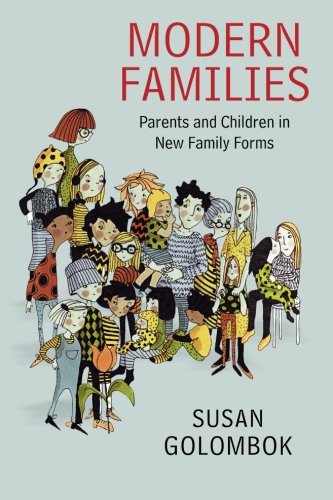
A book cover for Modern Families: Parents and Children in New Family Forms; Susan Golombok; Medical Books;